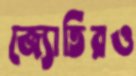
জ্যোতিরও